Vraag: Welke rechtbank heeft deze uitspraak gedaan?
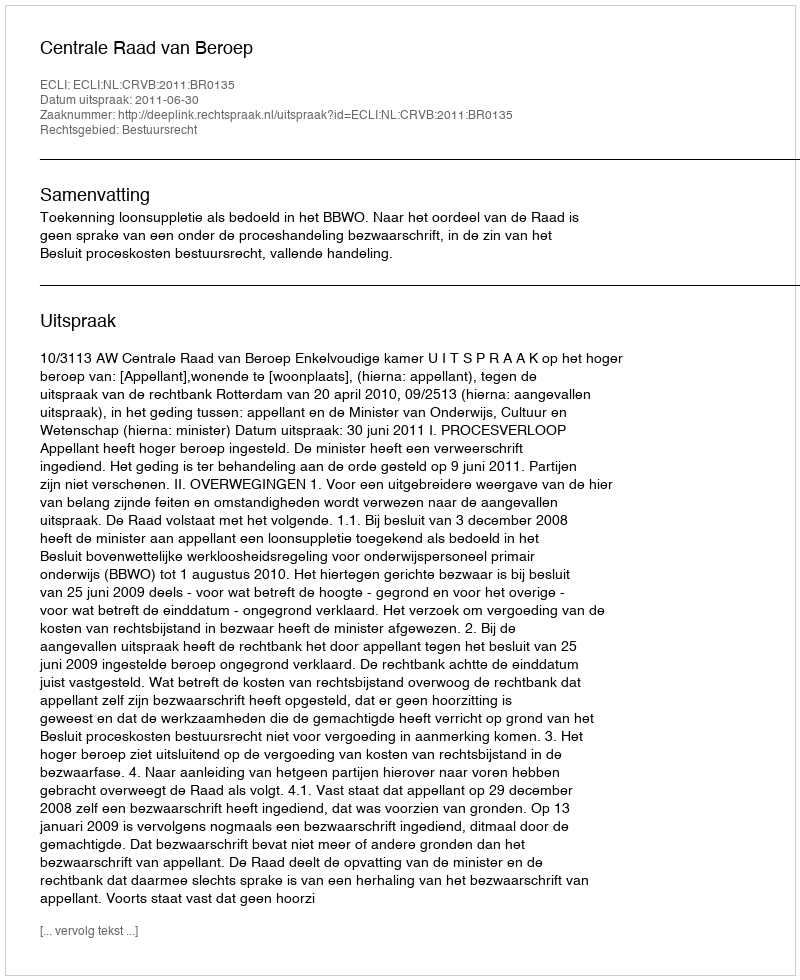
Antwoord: Centrale Raad van Beroep